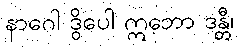
နာဂေါ ဒွိပေါ ဣဘော ဒန္တီ၊